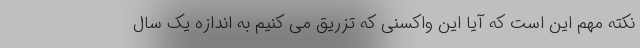
نکته مهم این است که آیا این واکسنی که تزریق می کنیم به اندازه یک سال